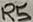
Text: R5